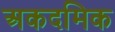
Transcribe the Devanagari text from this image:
अकदमिक